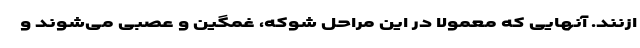
ازنند. آنهایی که معمولا در این مراحل شوکه، غمگین و عصبی می‌شوند و